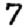
Digit: 7